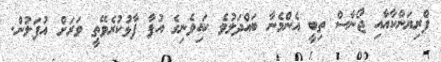
ޕްރިޔަންކާއާއި ޖޯނާސް ތިބީ އެންމެނާ ބައްދަލުވެ ކައިވެނިގެ އުފާ ފާޅުކުރެވޭތީ ވަރަށް އުފަލުން.